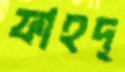
ফাহদ্